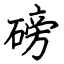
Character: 磅